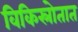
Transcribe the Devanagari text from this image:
विकिस्रोतात